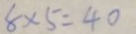
8 \times 5 = 4 0